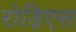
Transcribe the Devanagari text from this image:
रोड़िएस